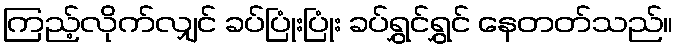
ကြည့်လိုက်လျှင် ခပ်ပြုံးပြုံး ခပ်ရွှင်ရွှင် နေတတ်သည်။